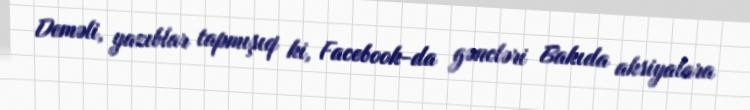
Deməli, yazıblar tapmışıq ki, Facebook-da gəncləri Bakıda aksiyalara